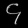
Digit: ၄